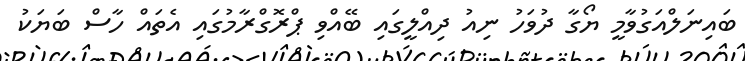
ބައިނަލްއަގުވާމީ ޔޯގާ ދުވަހު ނިއު ދިއްލީގައި ބޭއްވި ޕްރޮގްރާމުގައި އެތައް ހާސް ބަޔަކު